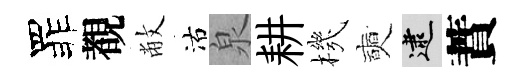
罪覩敝沽泉耕機奭逮蕡